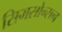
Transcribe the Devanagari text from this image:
सिमसोन्सन